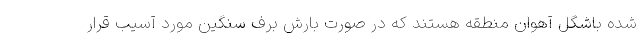
شده باشگل آهوان منطقه هستند که در صورت بارش برف سنگین مورد آسیب قرار